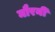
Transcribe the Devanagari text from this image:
मौरनी